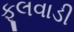
ફૂલવાડી